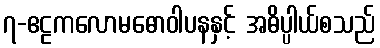
၇-ဧဠကလောမဓောဝါပနနှင့် အဓိပ္ပါယ်စသည်